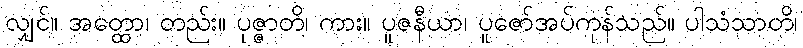
လျှင်။ အတ္ထော၊ တည်း။ ပုဇ္ဇာတိ၊ ကား။ ပူဇနီယာ၊ ပူဇော်အပ်ကုန်သည်။ ပါသံသာတိ၊